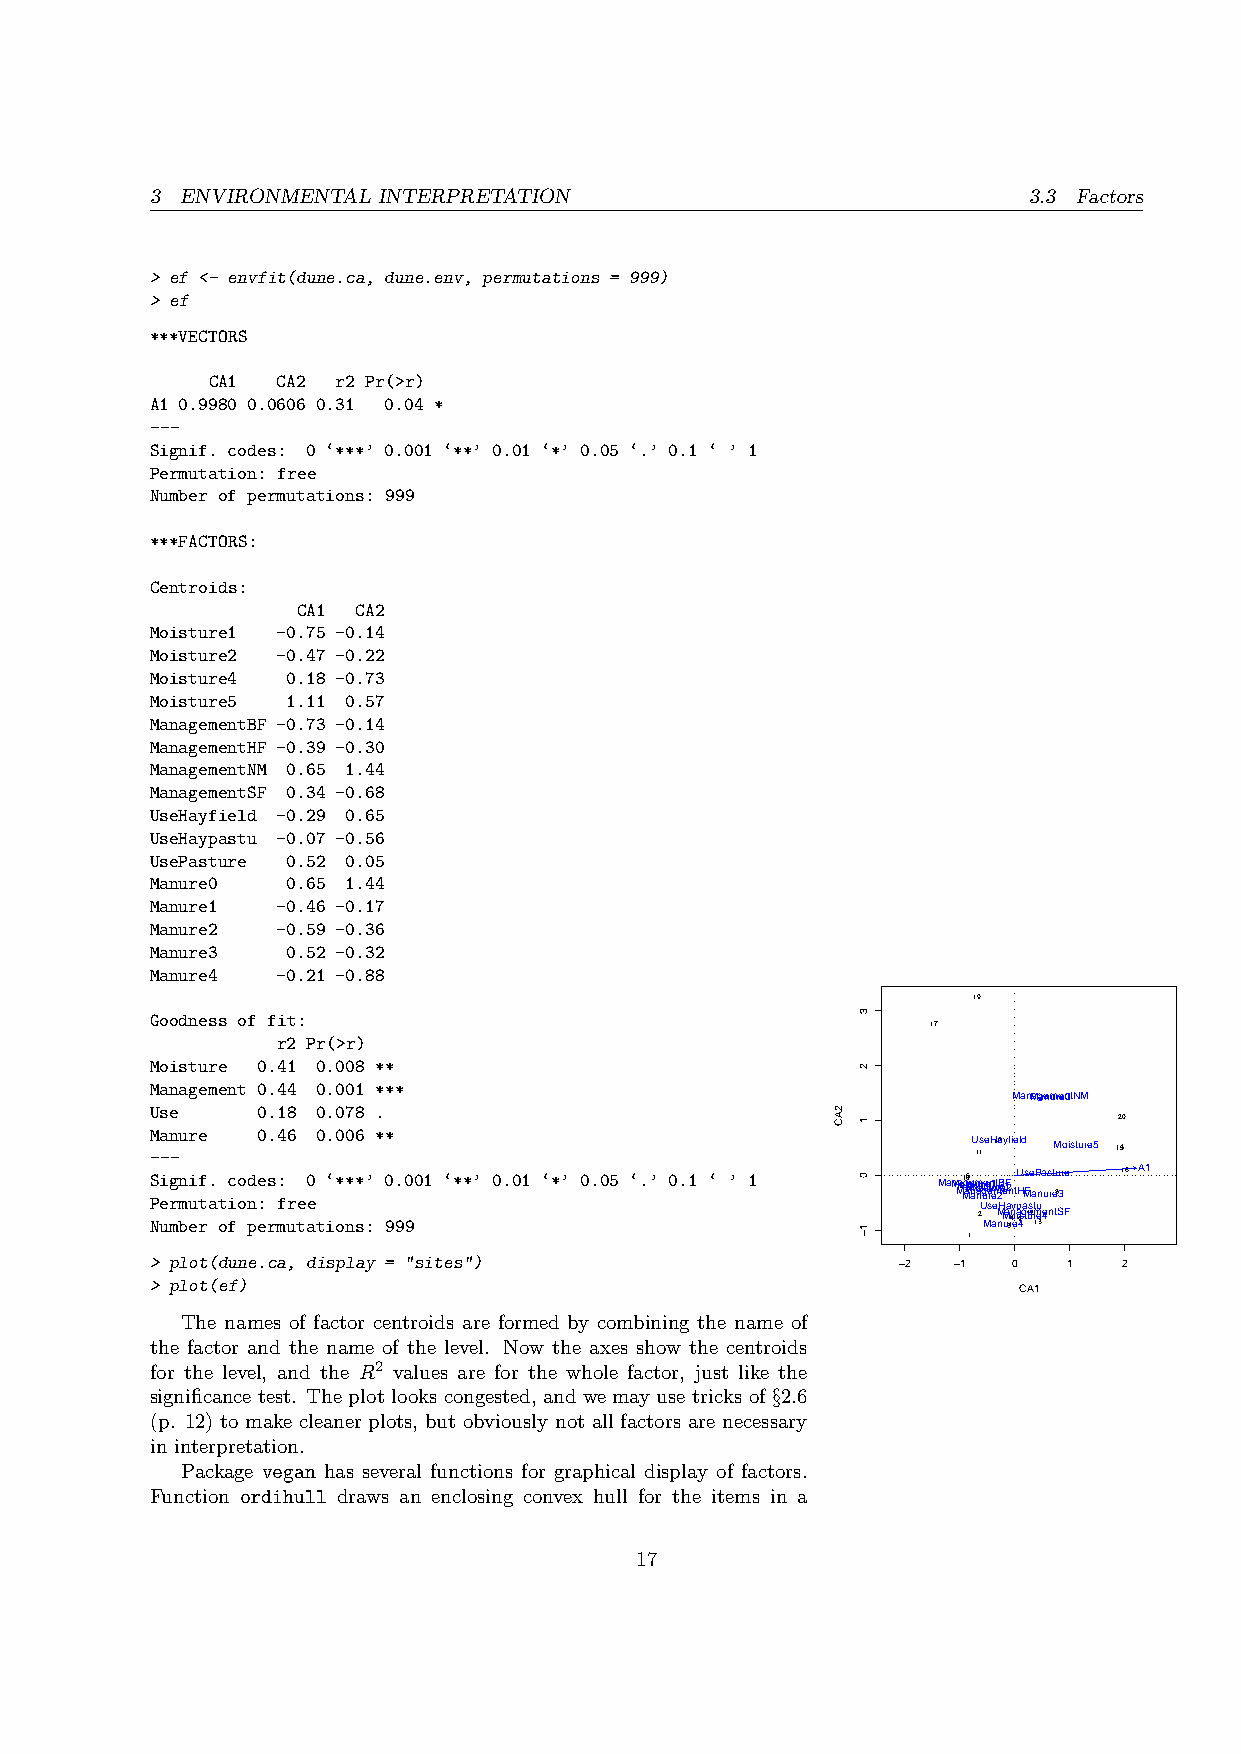
3 ENVIRONMENTAL INTERPRETATION                            3.3 Factors
 > ef <- envfit(dune.ca, dune.env, permutations = 999)
 > ef
 ***VECTORS
 CA1 CA2 r2 Pr(>r)
 A1 0.9980 0.0606 0.31 0.04 *
 ---
 Signif. codes: 0 ‘***’ 0.001 ‘**’ 0.01 ‘*’ 0.05 ‘.’ 0.1 ‘ ’ 1
 Permutation: free
 Number of permutations: 999
 ***FACTORS:
 Centroids:
 CA1 CA2
 Moisture1 -0.75 -0.14
 Moisture2 -0.47 -0.22
 Moisture4 0.18 -0.73
 Moisture5 1.11 0.57
 ManagementBF -0.73 -0.14
 ManagementHF -0.39 -0.30
 ManagementNM 0.65 1.44
 ManagementSF 0.34 -0.68
 UseHayfield -0.29 0.65
 UseHaypastu -0.07 -0.56
 UsePasture 0.52 0.05
 Manure0  0.65 1.44
 Manure1 -0.46 -0.17
 Manure2 -0.59 -0.36
 Manure3  0.52 -0.32
 Manure4 -0.21 -0.88
 19
 Goodness of fit:
 17
 r2 Pr(>r)
 Moisture 0.41 0.008 **
 Management 0.44 0.001 ***
 ManMagaenmureen0tNM
 Use    0.18 0.078 .
 20
 Manure 0.46 0.006 **
 ---                                                   U 1s 1eH1a8yfield Moisture5 1154
 S Pi eg rn mi uf t. atc io od ne :s: free0 ‘***’ 0.001 ‘**’ 0.01 ‘*’ 0.05 ‘.’ 0.1 ‘ ’ 1 MaMn Mao5 M1g 7ai60 MsMe antomu naa Uir ugsnee sretun1u e emrtr 2e HBee1F a2n yt pU H aMs F se a tP una us ret 8u 3re 16 A1
 Number of permutations: 999
 2 MaM nM ua 3r4on eia 49sgt1ue2rm 1e 34entSF
 1
 > plot(dune.ca, display = "sites")               −2  −1  0   1  2
 > plot(ef)
 CA1
 The names of factor centroids are formed by combining the name of
 the factor and the name of the level. Now the axes show the centroids
 for the level, and the R2 values are for the whole factor, just like the
 significance test. The plot looks congested, and we mayuse tricks of §2.6
 (p. 12) to make cleaner plots, but obviously not all factors are necessary
 in interpretation.
 Package vegan has several functions for graphical display of factors.
 Function ordihull draws an enclosing convex hull for the items in a
 17
 2AC
 3
 2
 1
 0
 1−